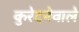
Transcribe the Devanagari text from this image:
कुरेदनेवाले